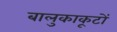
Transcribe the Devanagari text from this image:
बालुकाकूटों